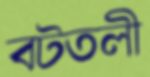
বটতলী